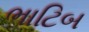
ભાટિબ